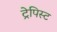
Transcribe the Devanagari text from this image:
ट्रेपिस्ट